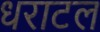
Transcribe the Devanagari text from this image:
धराटल